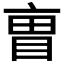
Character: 𫡼